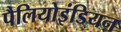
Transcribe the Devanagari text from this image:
पैलियोइंडियन